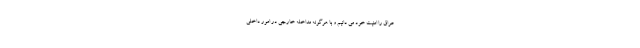
عراق را امنیت خود می دانیم و با هرگونه مداخله خارجی در امور داخلی